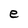
Character: e